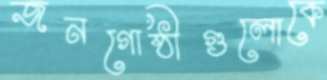
জনগোষ্ঠীগুলোকে